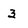
Character: 3